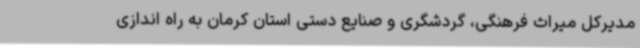
مدیرکل میراث فرهنگی، گردشگری و صنایع دستی استان کرمان به راه اندازی